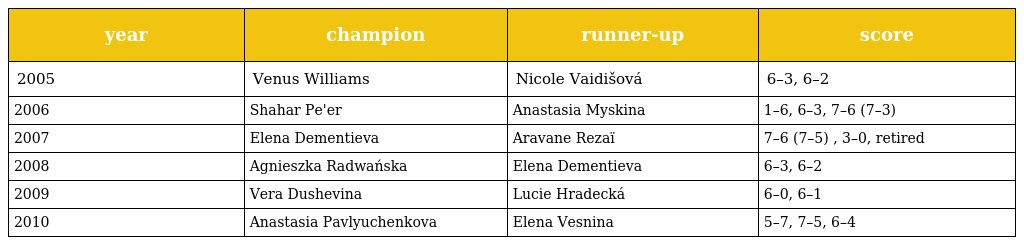
| year | champion | runner-up | score |
 | --- | --- | --- | --- |
 | 2005 | Venus Williams | Nicole Vaidišová | 6–3, 6–2 |
 | 2006 | Shahar Pe'er | Anastasia Myskina | 1–6, 6–3, 7–6 (7–3) |
 | 2007 | Elena Dementieva | Aravane Rezaï | 7–6 (7–5) , 3–0, retired |
 | 2008 | Agnieszka Radwańska | Elena Dementieva | 6–3, 6–2 |
 | 2009 | Vera Dushevina | Lucie Hradecká | 6–0, 6–1 |
 | 2010 | Anastasia Pavlyuchenkova | Elena Vesnina | 5–7, 7–5, 6–4 |